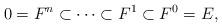
LaTeX: \begin{align*}0=F^n\subset \cdots\subset F^1\subset F^0 =E, \end{align*}